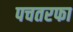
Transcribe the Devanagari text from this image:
पचतरफा